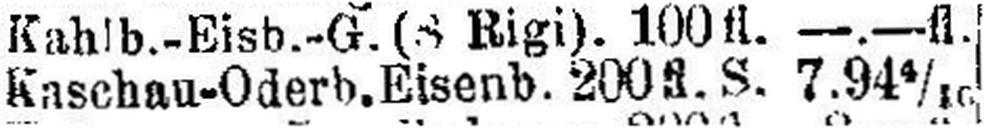
Kaschau-Oderb. Eisenb. 200 fl. S. 7.94 4/10